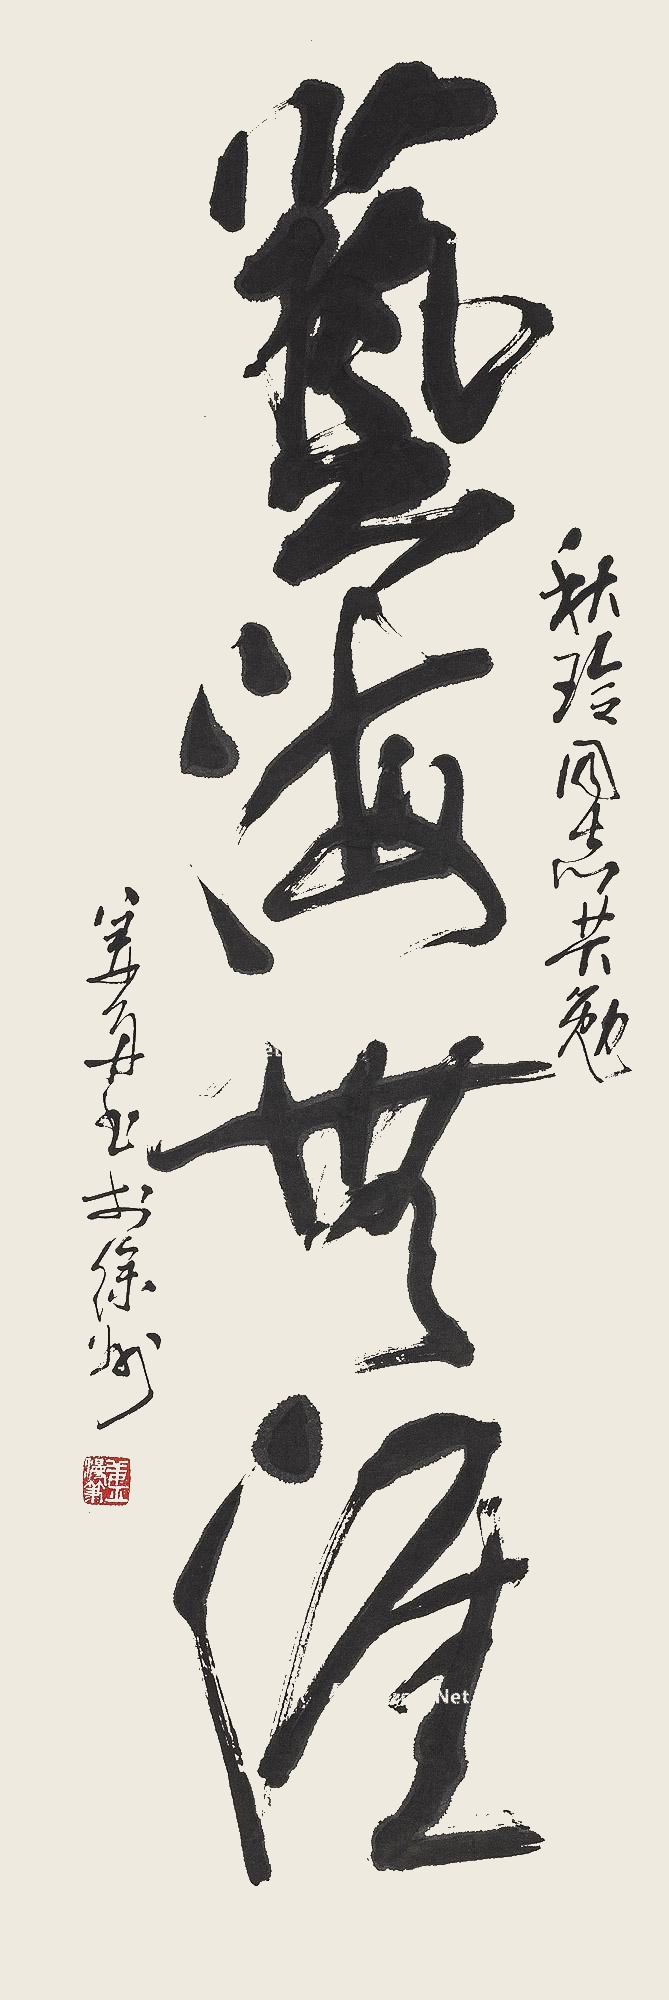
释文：艺海无涯秋玲同志共勉。姜舟书于徐州。